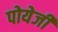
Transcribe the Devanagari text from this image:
पोयेजी